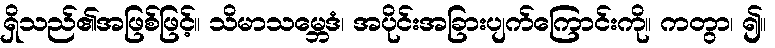
ရှိသည်၏အဖြစ်ဖြင့်။ သိမာသမ္ဘေဒံ၊ အပိုင်းအခြားပျက်ကြောင်းကို။ ကတွာ၊ ၍။